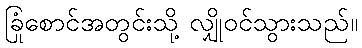
ခြုံစောင်အတွင်းသို့ လျှိုဝင်သွားသည်။